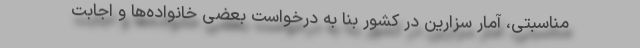
مناسبتی، آمار سزارین در کشور بنا به درخواست بعضی خانواده‌ها و اجابت